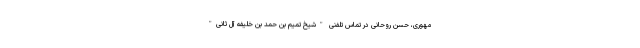
مهوری، حسن روحانی در تماس تلفنی "شیخ تمیم بن حمد بن خلیفه آل ثانی"